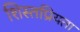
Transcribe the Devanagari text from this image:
शिस्तप्रियता